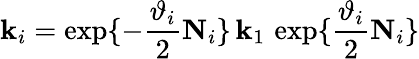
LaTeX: \mathbf k_{i}=\exp\{ -\frac{\vartheta_{i}}{2}\mathbf N_{i}\} \, \mathbf k_{1}\, \exp\{ \frac{\vartheta_{i}}{2}\mathbf N_{i}\}